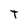
Character: T